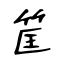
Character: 筐